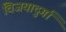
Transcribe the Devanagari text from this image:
विजयादुर्गा